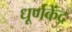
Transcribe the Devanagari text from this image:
धूर्णकेंद्र